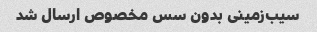
سیب‌زمینی بدون سس مخصوص ارسال شد